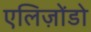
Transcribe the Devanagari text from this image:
एलिज़ोंडो